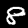
Digit: 8